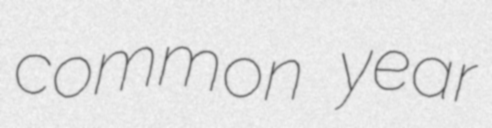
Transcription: common year